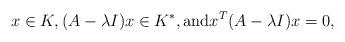
LaTeX: \begin{align*} x \in K, (A-\lambda I)x \in K^*, \textrm{and} x^T (A-\lambda I)x = 0,\end{align*}